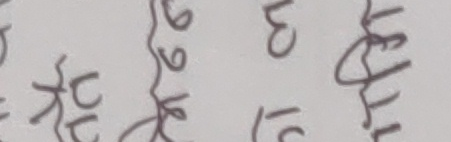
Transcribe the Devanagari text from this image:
कुनै ९९ ८० लेखिन